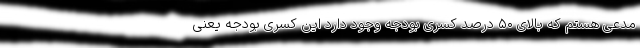
مدعی هستم که بالای ۵۰ درصد کسری بودجه وجود دارد این کسری بودجه یعنی